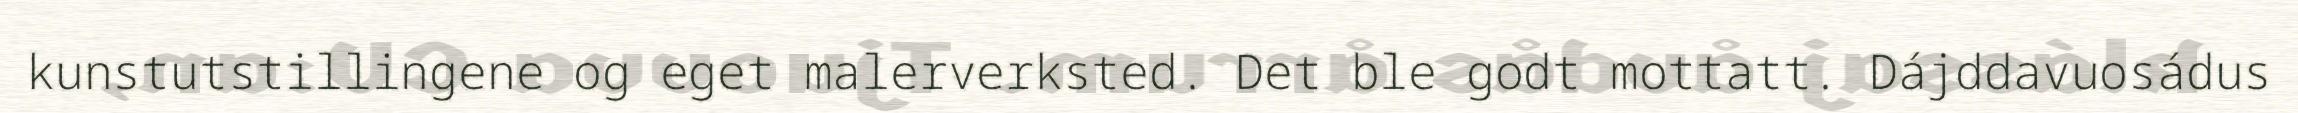
kunstutstillingene og eget malerverksted. Det ble godt mottatt. Dájddavuosádus